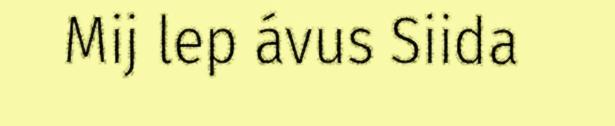
Mij lep ávus Siida